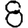
Digit: 8